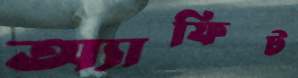
অ্যাফিট